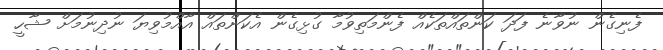
ފެނިގެން ނުވާނެ ފަދަ ކަންތައްތަކެއް ފެންމަތިވުމާ ގުޅިގެން އެކަންތައް އާއްމުވިޔަ ނުދިނުމަށް ޝާހީ